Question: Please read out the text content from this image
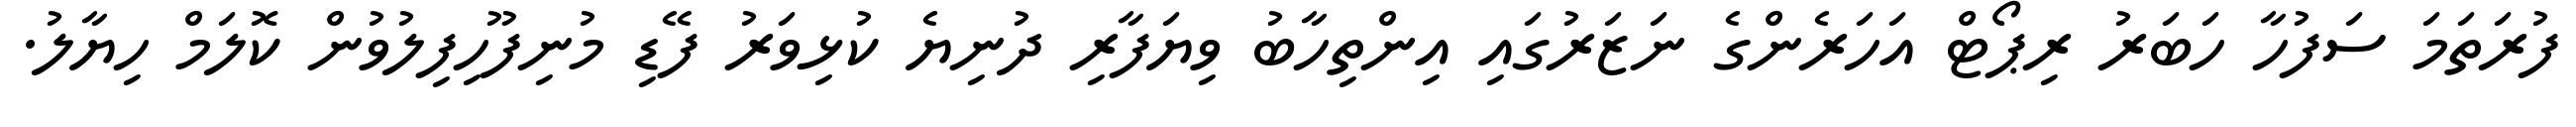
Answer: ފުރަތަމަ ސަފުހާ ހަބަރު ރިޕޯޓް އަހަރެންގެ ނަޒަރުގައި އިންތިހާބު ވިޔަފާރި ދުނިޔެ ކުޅިވަރު ފޭޑި މުނިފޫހިފިލުވުން ކޮލަމް ހިޔާލު.